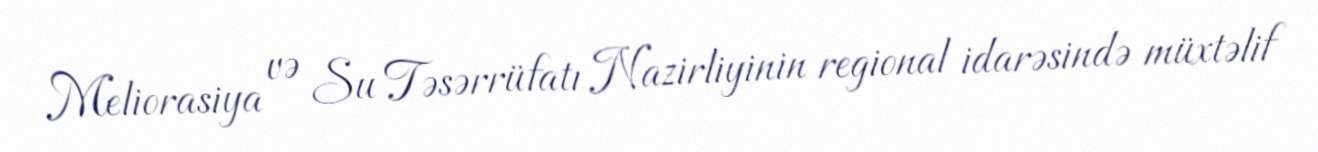
Meliorasiya və Su Təsərrüfatı Nazirliyinin regional idarəsində müxtəlif